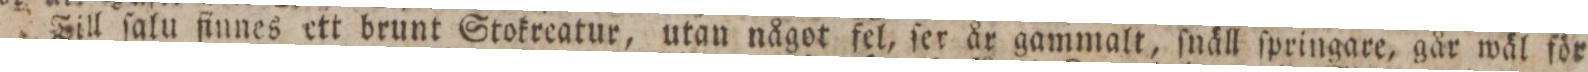
Till ſalu finnes ett brunt Stokreatur, utan något fel, ſer år gammalt, ſnäll ſpringare, går wäl för